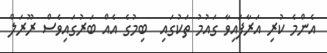
އެންމެ ކުރި އަރާފައިވާ ގައުމު ތަކުގައި  ބިމުގެ އެއް ބަރުގައިވެސް ރޫރަލް